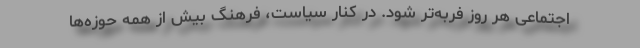
اجتماعی هر روز فربه‌تر شود. در کنار سیاست، فرهنگ بیش از همه حوزه‌ها